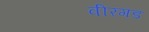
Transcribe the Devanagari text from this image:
वीरगड